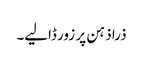
ذرا ذہن پر زور ڈالیے۔